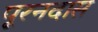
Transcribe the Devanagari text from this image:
पूरनदास